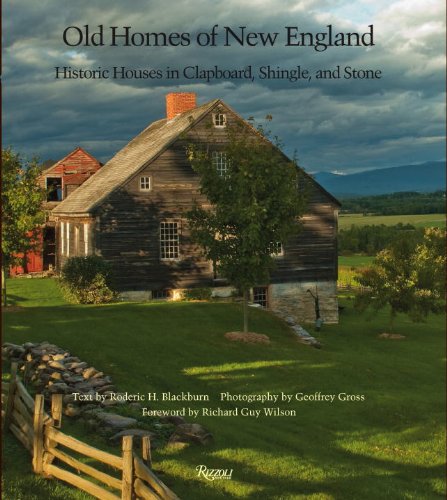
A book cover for Old Homes of New England: Historic Houses In Clapboard, Shingle, and Stone; Roderic H. Blackburn; Arts & Photography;